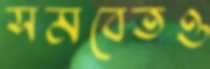
সমবেতও